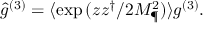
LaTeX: \hat { g } ^ { ( 3 ) } = \langle \exp { ( z z ^ { \dagger } / 2 M _ { \P } ^ { 2 } ) } \rangle g ^ { ( 3 ) } .